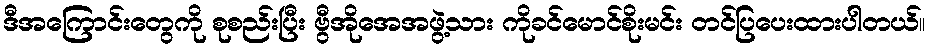
ဒီအကြောင်းတွေကို စုစည်းပြီး ဗွီအိုအေအဖွဲ့သား ကိုခင်မောင်စိုးမင်း တင်ပြပေးထားပါတယ်။